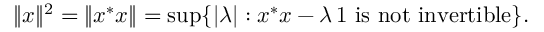
\| x \| ^ { 2 } = \| x ^ { * } x \| = \operatorname* { s u p } \{ | \lambda | : x ^ { * } x - \lambda \, 1 { \mathrm { ~ i s ~ n o t ~ i n v e r t i b l e } } \} .